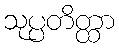
သုပ္ပတိတ္ထာ